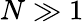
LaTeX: N\gg 1